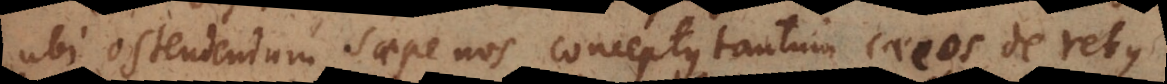
ubi ostendendum saepe nos conceptus tantum caecos de rebus